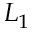
L _ { 1 }